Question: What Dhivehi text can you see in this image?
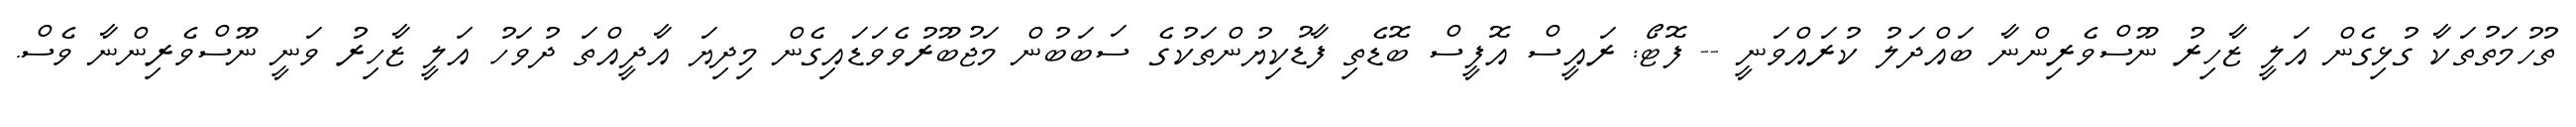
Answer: ތުހުމަތުތަކާ ގުޅިގެން އަލީ ޒާހިރު ނޫސްވެރިންނާ ބައްދަލު ކުރައްވަނީ -- ފޮޓޯ: ރައީސް އޮފީސް ބޮޑެތި ފާޑުކިޔުންތަކުގެ ސަބަބުން މަޖުބޫރުވެވަޑައިގެން މިދިޔަ އާދީއްތަ ދުވަހު އަލީ ޒާހިރު ވަނީ ނޫސްވެރިންނާ ވެސް.